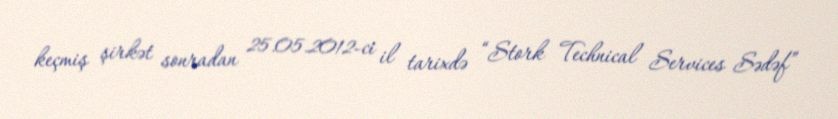
keçmiş şirkət sonradan 25.05.2012-ci il tarixdə “Stork Technical Services Sədəf”